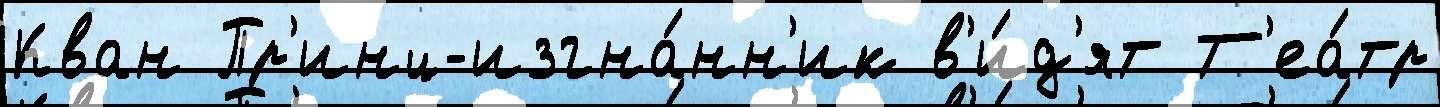
Кван Пр'инц-изгна́нн'ик в'и́д'ят Т'еа́тр